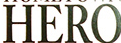
HERO